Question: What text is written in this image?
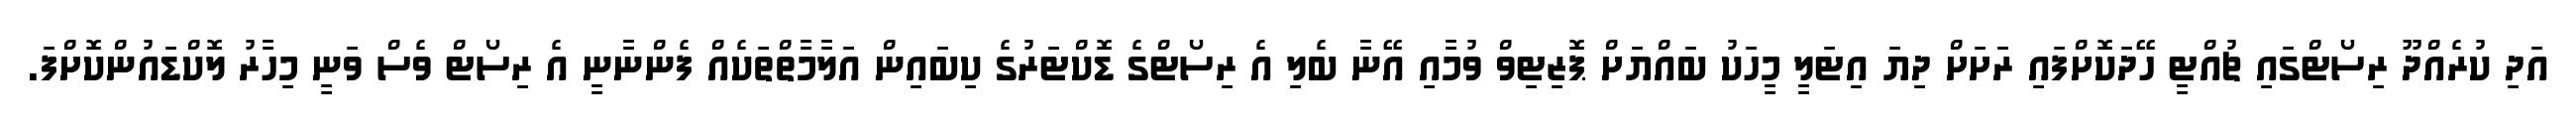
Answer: އަދި ކުރެއްދޫ ރިސޯޓްގައި ޗުއްޓީ ހޭދަކޮށްފައި ރަށަށް ދިޔަ އިޓަލީ މީހަކު ބައްޔަށް ޕޮޒިޓިވް ވުމާއި އޭނާ ބެލި އެ ރިސޯޓްގެ ޑޮކްޓަރުގެ ކިބައިން އަލާމާތްތަކެއް ފެންނާނީ އެ ރިސޯޓް ވެސް ވަނީ މިހާރު ލޮކްޑައުންކޮށްފަ.